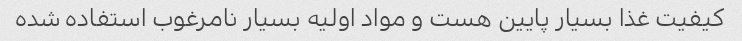
کیفیت غذا بسیار پایین هست و مواد اولیه بسیار نامرغوب استفاده شده